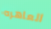
العاهره